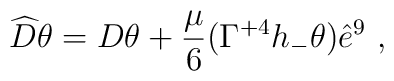
\widehat{D} \theta =   D \theta + \frac{\mu}{6} (\Gamma^{+4} h_- \theta) \hat{e}^9 ~,